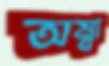
অম্বা